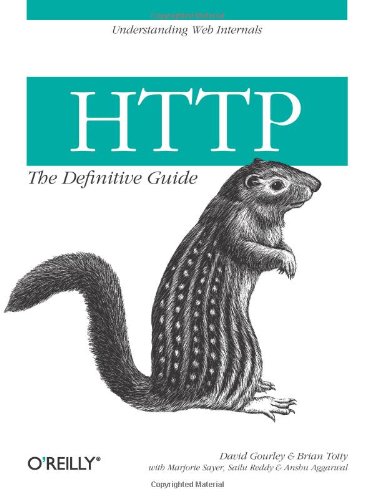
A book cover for HTTP: The Definitive Guide (Definitive Guides); David Gourley; Computers & Technology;